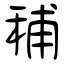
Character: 秿